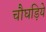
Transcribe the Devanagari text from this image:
चौघड़िये